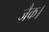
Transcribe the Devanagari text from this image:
जैक।